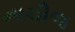
નાચીજ